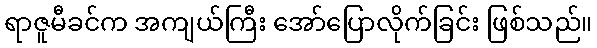
ရာဇူမီခင်က အကျယ်ကြီး အော်ပြောလိုက်ခြင်း ဖြစ်သည်။